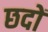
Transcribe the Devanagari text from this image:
छदों